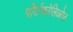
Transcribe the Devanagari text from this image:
पोर्टफोलिओज़